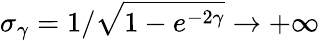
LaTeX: \sigma_{\gamma}=1/\sqrt{1-e^{-2\gamma}}\rightarrow+\infty